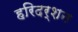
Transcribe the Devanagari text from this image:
हरिदर्शन